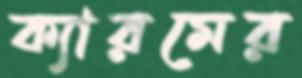
ক্যারমের